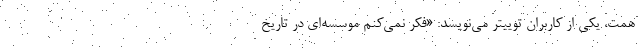
همت، یکی از کاربران توییتر می‌نویسد: «فکر نمی‌کنم موسسه‌ای در تاریخ